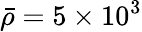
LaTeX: \bar{\rho}=5\times 10^{3}